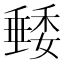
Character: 𥡭